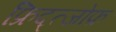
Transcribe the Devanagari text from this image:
फ्रिद्त्जोफ़